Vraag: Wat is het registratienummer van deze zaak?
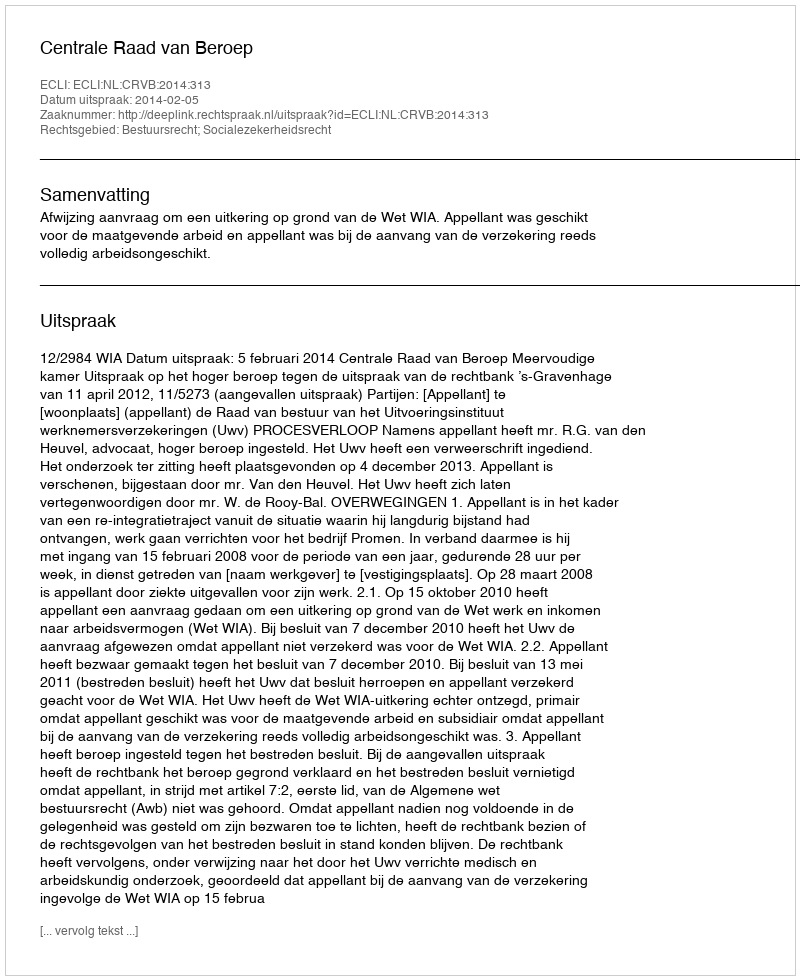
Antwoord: http://deeplink.rechtspraak.nl/uitspraak?id=ECLI:NL:CRVB:2014:313